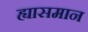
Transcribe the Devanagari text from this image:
ह्यासमान